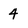
Character: 4